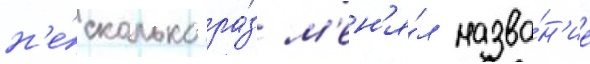
н'е́сколько ра́з м'ен'я́л назва́н'ие